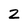
Character: 2